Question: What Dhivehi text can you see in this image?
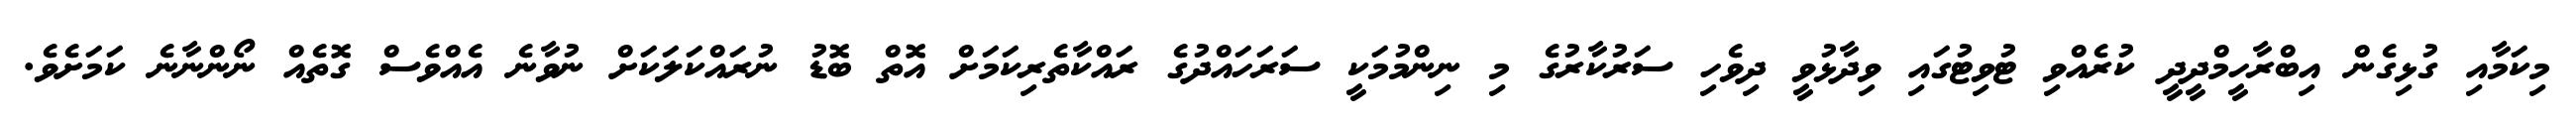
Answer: މިކަމާއި ގުޅިގެން އިބްރާހީމްދީދީ ކުރެއްވި ޓުވިޓުގައި ވިދާޅުވީ ދިވެހި ސަރުކާރުގެ މި ނިންމުމަކީ ސަރަހައްދުގެ ރައްކާތެރިކަމަށް އޮތް ބޮޑު ނުރައްކަލަކަށް ނުވާނެ އެއްވެސް ގޮތެއް ނޯންނާނެ ކަމަށެވެ.